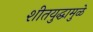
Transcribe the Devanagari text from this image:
शीतयुद्धामुळे